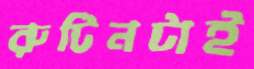
রুটিনটাই